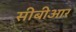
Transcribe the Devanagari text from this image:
सीबीआर